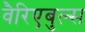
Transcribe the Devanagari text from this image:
वैरिएबुल्स